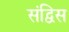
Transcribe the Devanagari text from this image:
संद्विस